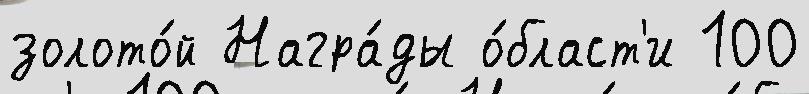
золото́й Награ́ды о́бласт'и 100